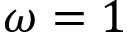
\omega = 1